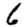
Digit: 6